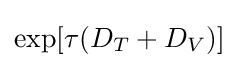
\exp[\tau (D_{T}+D_{V})]